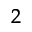
^ 2